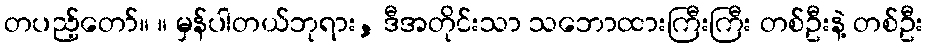
တပည့်တော်။ ။ မှန်ပါတယ်ဘုရား, ဒီအတိုင်းသာ သဘောထားကြီးကြီး တစ်ဦးနဲ့ တစ်ဦး